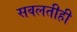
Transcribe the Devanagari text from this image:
सवलतीही